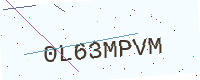
Text: 0L63MPVM